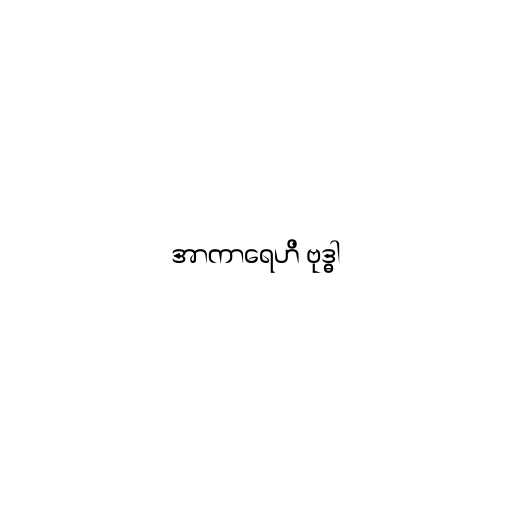
အာကာရေဟိ ဗုဒ္ဓါ